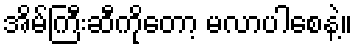
အိမ်ကြီးဆီကိုတော့ မလာပါစေနဲ့။